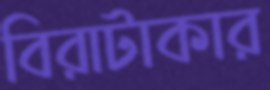
বিরাটাকার